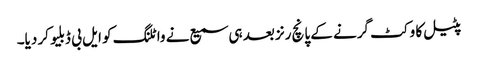
پٹیل کا وکٹ گرنے کے پانچ رنز بعد ہی سمیع نے واٹلنگ کو ایل بی ڈبلیو کر دیا۔